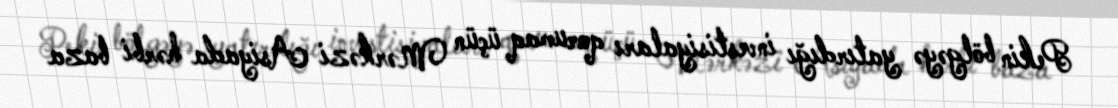
Pekin bölgəyə yatırdığı investisiyaları qorumaq üçün Mərkəzi Asiyada hərbi baza